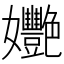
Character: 𡤸